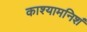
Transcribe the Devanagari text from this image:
काश्यामनिशं